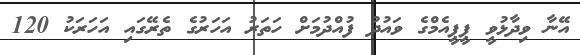
އޭނާ ވިދާޅުވީ ޕީޕީއެމްގެ ވައުދު ފުއްދުމަށް ހަތަރު އަހަރުގެ ތެރޭގައި އަހަރަކު 120